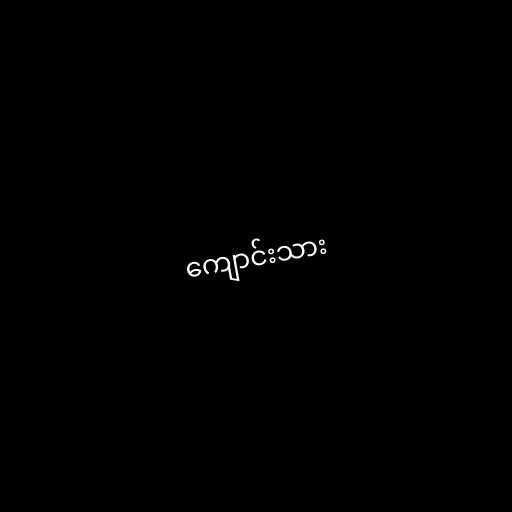
ကျောင်းသား